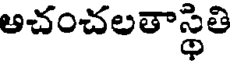
అచంచలతాస్థితి